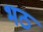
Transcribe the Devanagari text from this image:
भठ